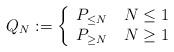
LaTeX: \begin{align*}Q_{N}:=\left\{\begin{array}{ll}P_{\leq N} & \, N \leq 1 \\P_{\geq N} & \, N \geq 1\end{array}\right.\end{align*}